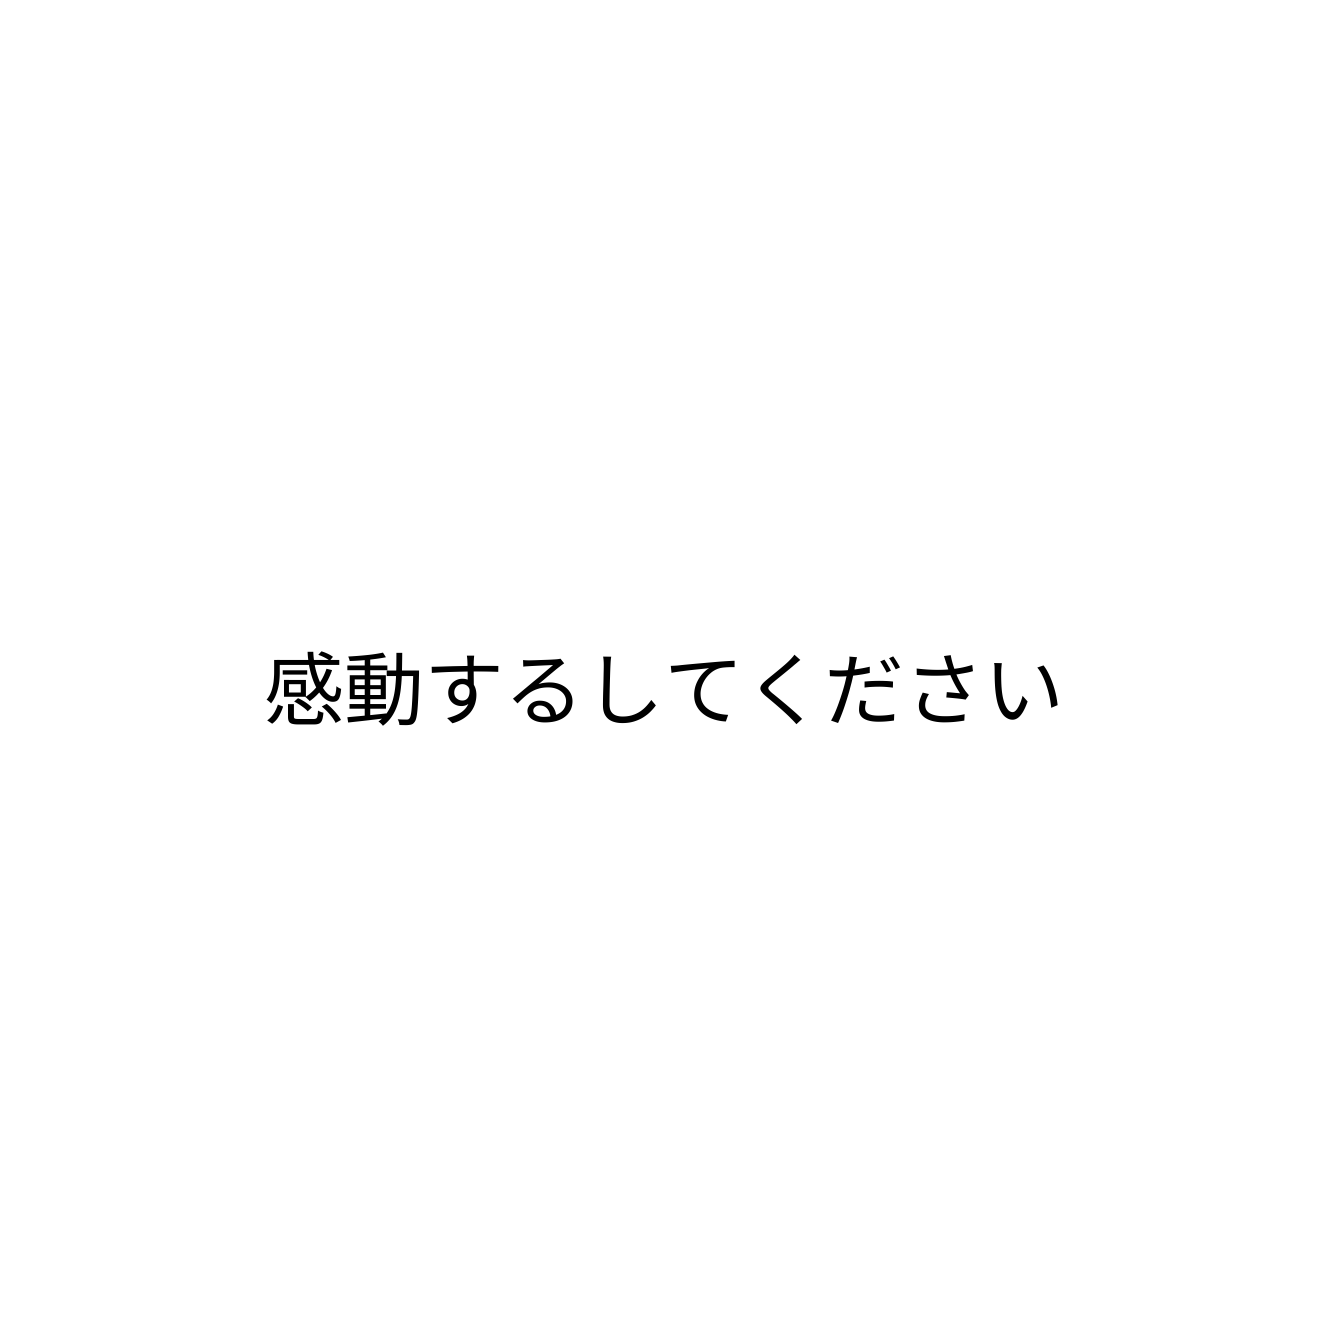
感動するしてください